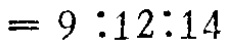
$= 9:12:14$